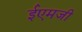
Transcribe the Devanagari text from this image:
ईएमजी